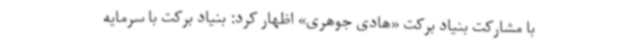
با مشارکت بنیاد برکت «هادی جوهری» اظهار کرد: بنیاد برکت با سرمایه